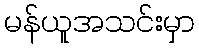
မန်ယူအသင်းမှာ